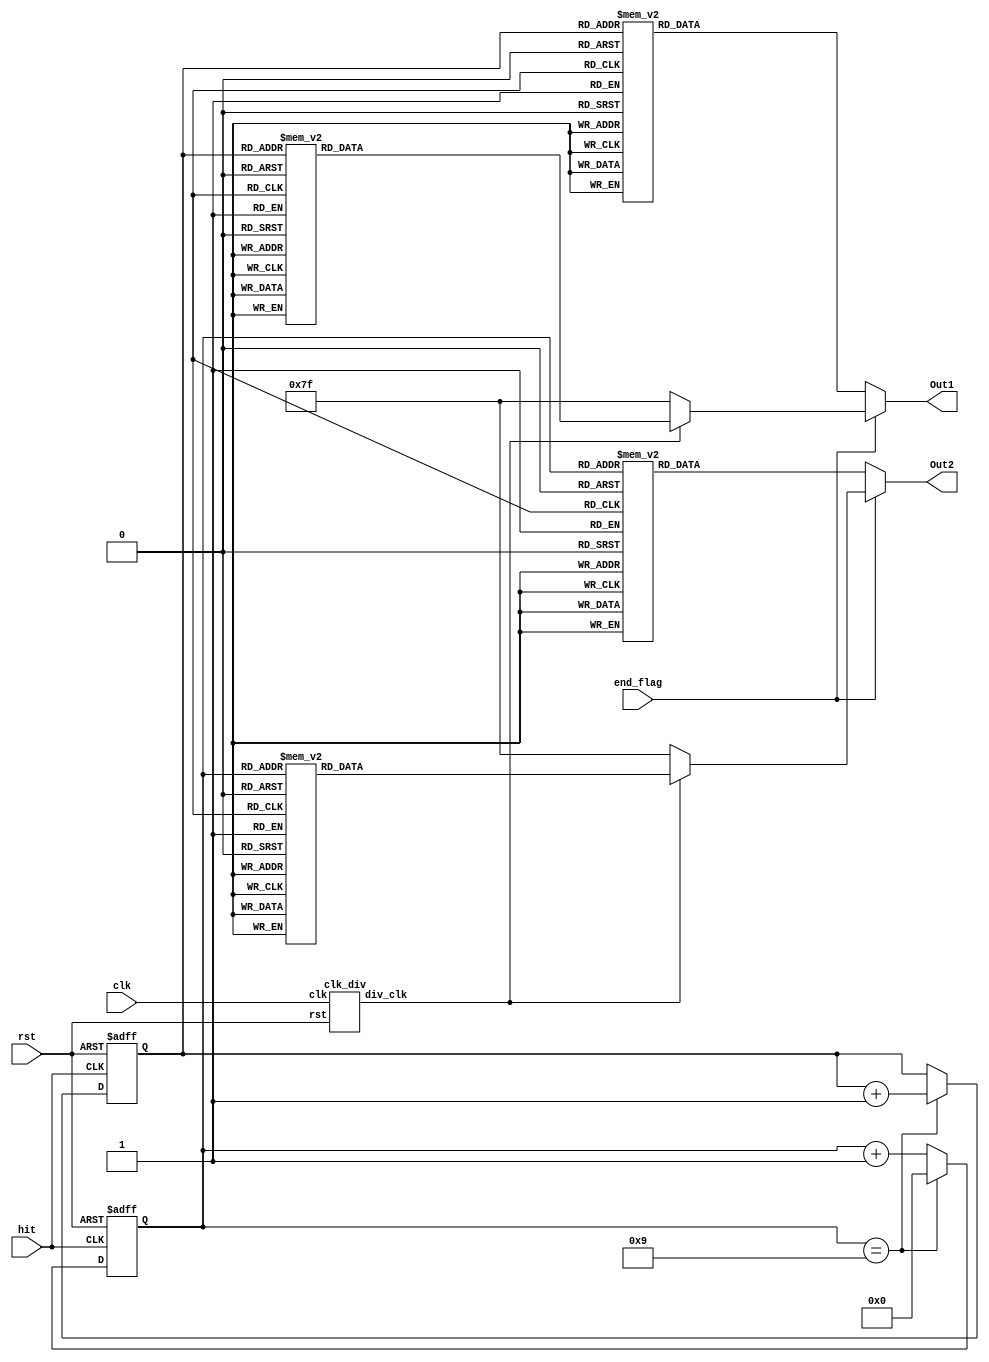
`define t 32'd25000000
module score(clk,rst,hit,end_flag,Out1,Out2);
input clk,rst,hit, end_flag;//, hit1, hit2, hit3, hit4;
//input [3:0] countdowntimer;
reg [3:0] high, low;
output [6:0] Out1,Out2;
reg [6:0] Out1,Out2;
//wire hit;
wire clk_edit;

clk_div frequency_divider(.clk(clk), .rst(rst),.div_clk(clk_edit));

//assign hit= ((hit1|hit2)|hit3)|hit4;

always@(negedge rst or posedge hit )
begin
	if(!rst)
	begin
		high<=4'd0;
		low<=4'd0;
	end
	else
	begin
	
		if(low == 4'd9)
		begin
			high<=high+4'd1;
			low<=4'd0;
		end
		else
		begin
			low<=low+4'd1;
		end
		
	end
end

always@(high or low or end_flag or clk_edit)
begin
	if(end_flag == 1)
	begin
		if(clk_edit == 1)
		begin
			case(low)

				4'b0000:Out2=7'b1000000;
				4'b0001:Out2=7'b1111001;
				4'b0010:Out2=7'b0100100;
				4'b0011:Out2=7'b0110000;
				4'b0100:Out2=7'b0011001;
				4'b0101:Out2=7'b0010010;
				4'b0110:Out2=7'b0000010;
				4'b0111:Out2=7'b1111000;
				4'b1000:Out2=7'b0000000;
				4'b1001:Out2=7'b0010000;
				4'b1010:Out2=7'b0001000;
				4'b1011:Out2=7'b0000011;
				4'b1100:Out2=7'b1000110;
				4'b1101:Out2=7'b0100001;
				4'b1110:Out2=7'b0000110;
				4'b1111:Out2=7'b0001110;

			endcase
		
			case(high)

				4'b0000:Out1=7'b1000000;
				4'b0001:Out1=7'b1111001;
				4'b0010:Out1=7'b0100100;
				4'b0011:Out1=7'b0110000;
				4'b0100:Out1=7'b0011001;
				4'b0101:Out1=7'b0010010;
				4'b0110:Out1=7'b0000010;
				4'b0111:Out1=7'b1111000;
				4'b1000:Out1=7'b0000000;
				4'b1001:Out1=7'b0010000;
				4'b1010:Out1=7'b0001000;
				4'b1011:Out1=7'b0000011;
				4'b1100:Out1=7'b1000110;
				4'b1101:Out1=7'b0100001;
				4'b1110:Out1=7'b0000110;
				4'b1111:Out1=7'b0001110;

			endcase
		end
		else
		begin
			Out2=7'b1111111;
			Out1=7'b1111111;
		end
	end
	else
	begin
		case(low)

			4'b0000:Out2=7'b1000000;
			4'b0001:Out2=7'b1111001;
			4'b0010:Out2=7'b0100100;
			4'b0011:Out2=7'b0110000;
			4'b0100:Out2=7'b0011001;
			4'b0101:Out2=7'b0010010;
			4'b0110:Out2=7'b0000010;
			4'b0111:Out2=7'b1111000;
			4'b1000:Out2=7'b0000000;
			4'b1001:Out2=7'b0010000;
			4'b1010:Out2=7'b0001000;
			4'b1011:Out2=7'b0000011;
			4'b1100:Out2=7'b1000110;
			4'b1101:Out2=7'b0100001;
			4'b1110:Out2=7'b0000110;
			4'b1111:Out2=7'b0001110;

		endcase
		
		case(high)

			4'b0000:Out1=7'b1000000;
			4'b0001:Out1=7'b1111001;
			4'b0010:Out1=7'b0100100;
			4'b0011:Out1=7'b0110000;
			4'b0100:Out1=7'b0011001;
			4'b0101:Out1=7'b0010010;
			4'b0110:Out1=7'b0000010;
			4'b0111:Out1=7'b1111000;
			4'b1000:Out1=7'b0000000;
			4'b1001:Out1=7'b0010000;
			4'b1010:Out1=7'b0001000;
			4'b1011:Out1=7'b0000011;
			4'b1100:Out1=7'b1000110;
			4'b1101:Out1=7'b0100001;
			4'b1110:Out1=7'b0000110;
			4'b1111:Out1=7'b0001110;

		endcase
	end

end

endmodule

module clk_div(clk, rst,div_clk);
input clk,rst;
output div_clk;

reg div_clk;
reg [31:0]count;

always@(posedge clk)
begin
	if(!rst)
	begin
		count<=32'd0;
		div_clk<=1'b0;
	end
	else
	begin
		if(count == `t)
		begin
			count<=32'd0;
			div_clk<=~div_clk;
		end
		else
		begin
			count<=count+32'd1;
		end
	end
end

endmodule